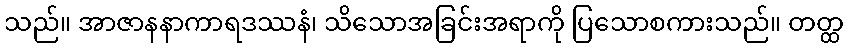
သည်။ အာဇာနနာကာရဒဿနံ၊ သိသောအခြင်းအရာကို ပြသောစကားသည်။ တတ္ထ